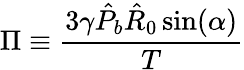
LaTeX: \Pi\equiv\frac{3\gamma\hat{P}_{b}\hat{R}_{0}\sin(\alpha)}{T}